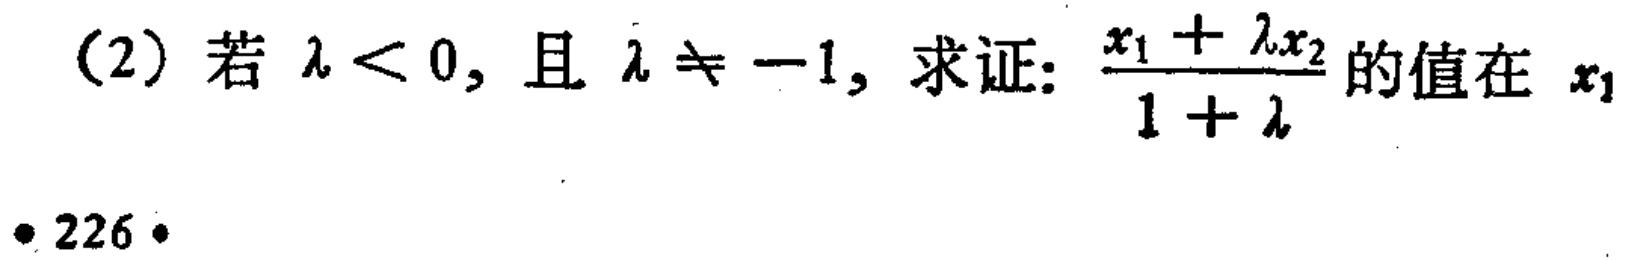
(2) 若 $\lambda < 0$, 且 $\lambda \neq -1$, 求证: $\frac{x_{1}+\lambda x_{2}}{1 + \lambda}$ 的值在 $x_{1}$
226